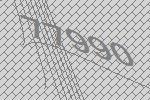
77990